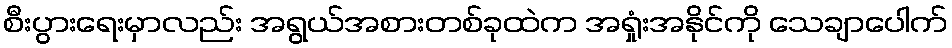
စီးပွားရေးမှာလည်း အရွယ်အစားတစ်ခုထဲက အရှုံးအနိုင်ကို သေချာပေါက်